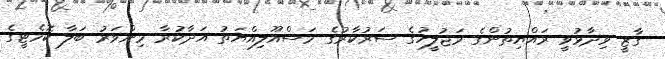
ގާޒީ ވިދާޅުވީ ރައްޔިތުންގެ މަޖުލީހުގެ ސަރުކާރުގެ މަސްއޫލިއްޔަތު އަދާކުރާ މިންވަރު ބަލާ ކޮމެޓީގެ